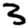
Digit: 3